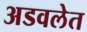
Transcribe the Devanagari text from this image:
अडवलेत